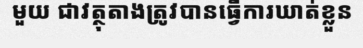
មួយ ជាវត្ថុតាងត្រូវបានធ្វើការឃាត់ខ្លួន